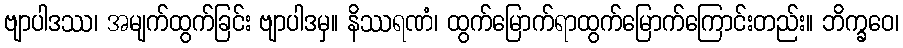
ဗျာပါဒဿ၊ အမျက်ထွက်ခြင်း ဗျာပါဒမှ။ နိဿရဏံ၊ ထွက်မြောက်ရာထွက်မြောက်ကြောင်းတည်း။ ဘိက္ခဝေ၊